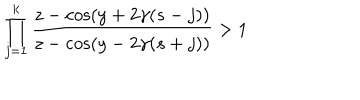
LaTeX: \prod _ { j = 1 } ^ { k } \frac { z - \cos ( y + 2 \gamma ( s - j ) ) } { z - \cos ( y - 2 \gamma ( s + j ) ) } > 1